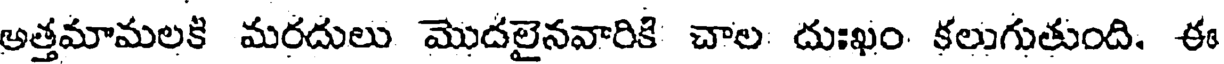
అత్తమామలకి మరదులు మొదలైనవారికి చాల దుఃఖం కలుగుతుంది. ఈ